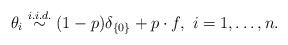
LaTeX: \begin{align*} \theta_i \stackrel{i. i. d.}{\sim} (1-p)\delta_{\{0\}} + p\cdot f, \mbox{ $i=1,\dots,n.$} \end{align*}